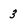
Character: 3